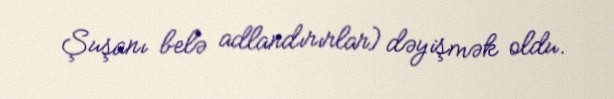
Şuşanı belə adlandırırlar) dəyişmək oldu.